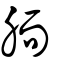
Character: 胹